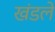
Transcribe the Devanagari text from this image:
खंडले